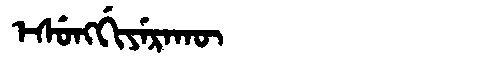
Manchu: ᡝᠰᡠᠩᡤᡳᠶᡝᡵᠠᡴᡡ
Romanization: ESUNGGIYERAKŪ